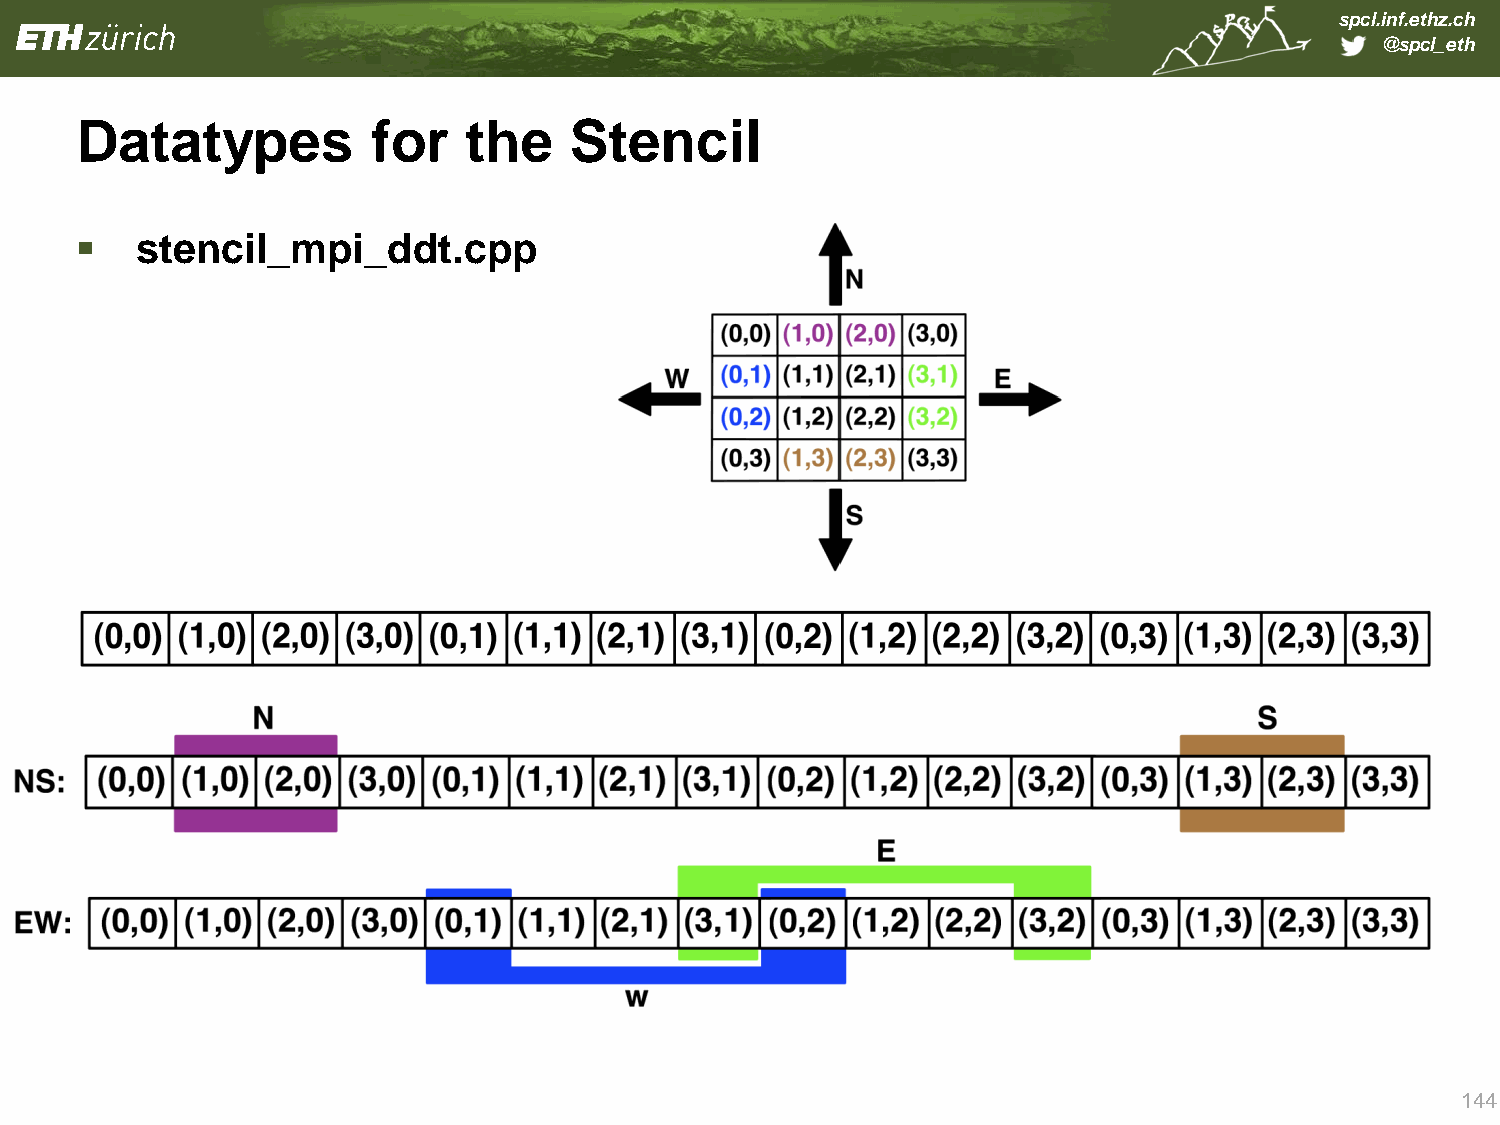
spcl.inf.ethz.ch
 @spcl_eth
 Datatypes           for   the    Stencil
    stencil_mpi_ddt.cpp
 144